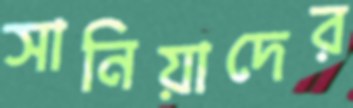
সানিয়াদের